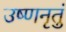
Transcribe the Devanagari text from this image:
उष्णनृतुं